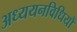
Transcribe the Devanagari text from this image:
अध्ययनविधियों